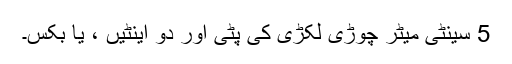
5 سینٹی میٹر چوڑی لکڑی کی پٹی اور دو اینٹیں ، یا بکس۔